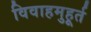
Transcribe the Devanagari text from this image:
विवाहमुहूर्त